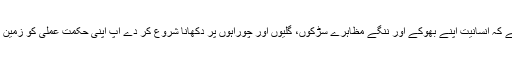
اس سے پہلے کہ انسانیت اپنے بھوکے اور ننگے مظاہرے سڑکوں، گلیوں اور چوراہوں پر دکھانا شروع کر دے آپ اپنی حکمت عملی کو زمین پر بچھا دیں۔